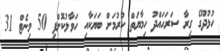
ހުޅުދޫގެ ގިރާ ސަރަހައްދު ހިމާޔަތް ކުރުމަށް ބަޔަކާއި ހަވާލުކޮށްފި 50 މިނެޓް 31